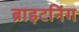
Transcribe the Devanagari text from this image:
ब्राइटनिंग